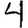
Digit: 4